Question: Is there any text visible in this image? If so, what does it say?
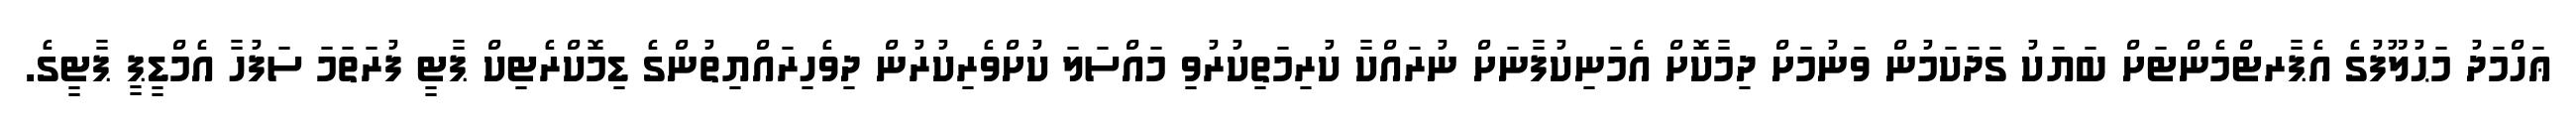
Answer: ޢަހްމަދު މަޙުލޫފުގެ އެޕާރޓްމެންޓަށް ބަޔަކު ގަދަކަމުން ވަނުމަށް ދިމާކޮށް އެމަނިކުފާނަށް ނުރައްކާ ކުރިމަތިކުރުވި މައްސަލަ ކުށްވެރިކުރުން ދިވެހިރައްޔިތުންގެ ޑިމޮކްރެޓިކް ޕާޓީ ފުރަތަމަ ސަފުހާ އެމްޑީޕީ ޕާޓީގެ.